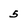
Character: 5